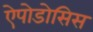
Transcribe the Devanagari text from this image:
ऐपोडोसिस